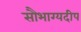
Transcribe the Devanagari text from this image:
सौभाग्यदीप